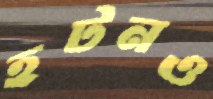
হটনও